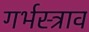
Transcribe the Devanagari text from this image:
गर्भस्त्राव